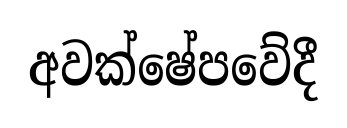
අවක්ෂේපවේදී